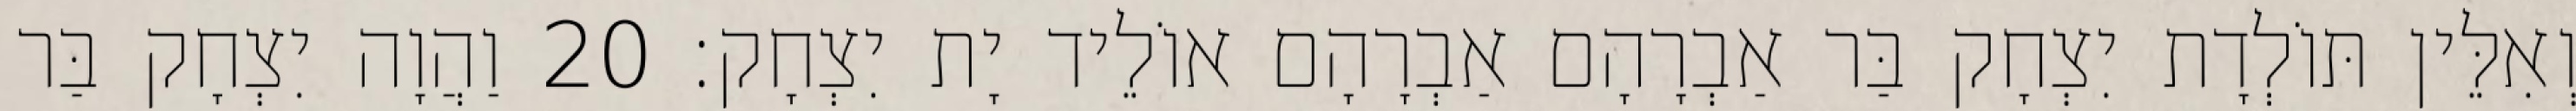
וְאִלֵּין תּוֹלְדָת יִצְחָק בַּר אַבְרָהָם אַבְרָהָם אוֹלֵיד יָת יִצְחָק׃ 20 וַהֲוָה יִצְחָק בַּר